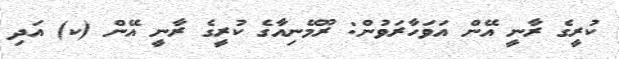
ކުރީގެ ރާނީ އޭން އަވަހާރަވުން: ރޫމޭނިއާގެ ކުރީގެ ރާނީ އޭން (ކ) އަދި